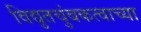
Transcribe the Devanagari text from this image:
विद्युतचुंबकत्वाच्या